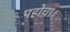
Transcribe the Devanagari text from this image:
पहोचा।